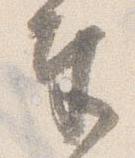
奉